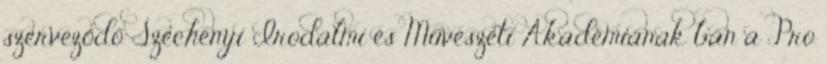
szerveződő Széchenyi Irodalmi és Művészeti Akadémiának ban a Pro